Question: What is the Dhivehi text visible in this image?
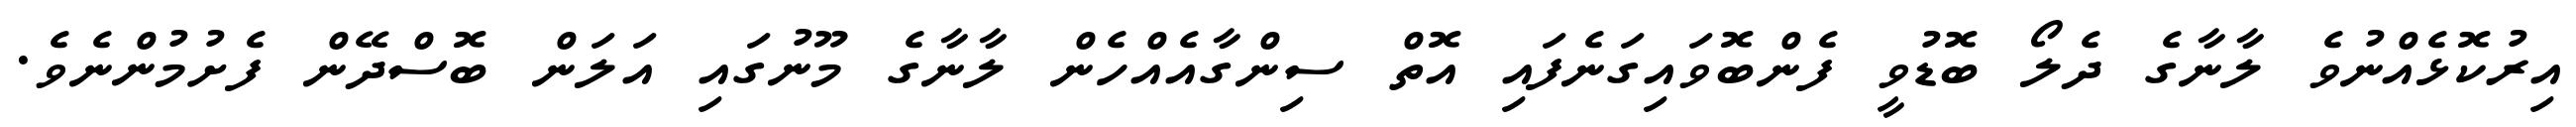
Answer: އިރުކޮޅެއްނުވެ ލާނާގެ ދެލޯ ބޮޑުވީ ފެންބޮވައިގަނެފައި އޮތް ސިންގާއެއްހެން ލާނާގެ މޫނުގައި އަލަން ބޮސްދޭން ފެށުމުންނެވެ.